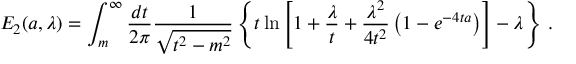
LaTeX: E _ { 2 } ( a , \lambda ) = \int _ { m } ^ { \infty } \frac { d t } { 2 \pi } \frac { 1 } { \sqrt { t ^ { 2 } - m ^ { 2 } } } \left\{ t \ln \left[ 1 + \frac { \lambda } { t } + \frac { \lambda ^ { 2 } } { 4 t ^ { 2 } } \left( 1 - e ^ { - 4 t a } \right) \right] - \lambda \right\} \, .